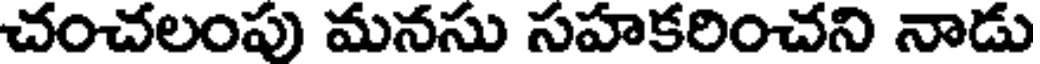
చంచలంపు మనసు సహకరించని నాడు